Statistics compiled by the Government of India from the reports of provincial Civil Veterinary Departments
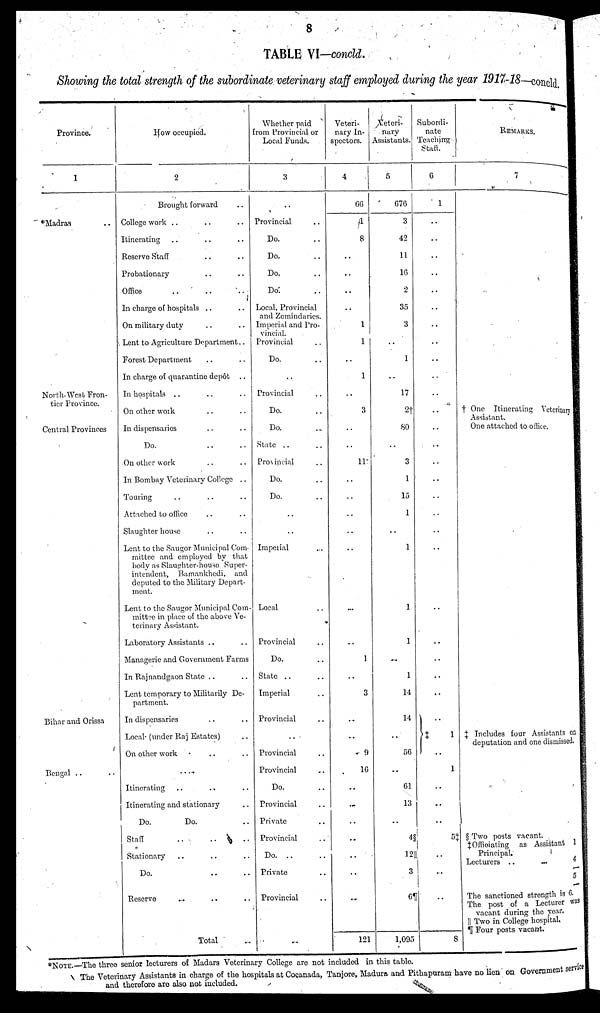
8
TABLE VI—concld.
Showing the total strength of the subordinate veterinary staff employed during the year 1917-18—concld.
Province.
1
*Madras ..
North-West Fron-
tier Province.
Central Provinces
Bihar and Orissa
Bengal .. ..
How occupied.
2
Brought forward ..
College work .. .. ..
Itinerating .. .. ..
Reserve Staff .. ..
Probationary .. ..
Office .. .. ..
In charge of hospitals .. ..
On military duty .. ..
Lent to Agriculture Department ..
Forest Department .. ..
In charge of quarantine depot ..
In hospitals .. .. ..
On other work .. ..
In dispensaries .. ..
Do. .. ..
On other work .. ..
In Bombay Veterinary College ..
Touring .. .. ..
Attached to office .. ..
Slaughter house .. ..
Lent to the Saugor Municipal Com-
mittee and employed by that
body as Slaughter-house Super-
intendent, Bamankhedi, and
deputed to the Military Depart-
ment.
Lent to the Saugor Municipal Com-
mittee in place of the above Ve-
terinary Assistant.
Laboratory Assistants .. ..
Managerie and Government Farms
In Rajnandgaon State .. ..
Lent temporary to Militarily De-
partment.
In dispensaries .. ..
Local (under Raj Estates) ..
On other work .. .. ..
....
Itinerating .. .. ..
Itinerating and stationary ..
Do.
Do. ..
Staff .. .. ..
Stationary .. .. ..
Do. .. ..
Reserve .. .. ..
Total ..
Whether paid
from Provincial or
Local Funds.
3
..
Provincial ..
Do. ..
Do. ..
Do. ..
Do. ..
Local, Provincial
and Zemindaries.
Imperial and Pro-
vincial.
Provincial ..
Do. ..
..
Provincial ..
Do. ..
Do. ..
State .. ..
Prosincial ..
Do. ..
Do. ..
..
..
Imperial ..
Local ..
Provincial ..
Do. ..
State .. ..
Imperial ..
Provincial ..
..
Provincial ..
Provincial ..
Do. ..
Provincial ..
Private ..
Provincial ..
Do.
..
..
Private ..
Provincial ..
..
Veteri-
nary In-
spectors.
4
66
1
8
..
..
..
..
1
1
..
1
..
3
..
..
11
..
..
..
..
..
..
..
1
..
3
..
..
9
16
..
..
..
..
..
..
..
121
Veteri-
nary
Assistants.
5
676
3
42
11
16
2
35
3
..
1
..
17
2†
80
..
3
1
15
1
..
1
1
1
..
1
14
14
..
56
..
61
13
..
4§
12||
3
6¶
1,095
Subordi-
nate
Teaching
Stall.
6
1
..
..
..
..
..
..
..
..
..
..
..
..
..
..
..
..
..
..
..
..
..
..
..
..
..
..
‡ 1
..
1
..
..
..
5‡
..
..
..
8
REMARKS.
7
† One Itinerating Veterinary
Assistant.
One attached to office.
‡ Includes four Assistants on
deputation and one dismissed.
§ Two posts vacant.
‡Offieiating
as Assistant 1
Principal. 4
Lecturers
..
..
5
The sanctioned strength is 6.
The post of a Lecturer was
vacant during the year.
|| Two in College hospital.
¶ Four posts vacant.
*NOTE.—The three senior lecturers of Madars Veterinary College are not included in this table.
The Veterinary Assistants in charge of the hospitals at Cocanada, Tanjore, Madura and Pithapuram have no lien on Government service
and therefore are also not included.